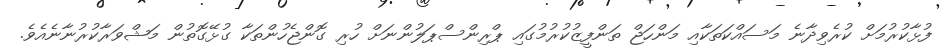
ފުޅާކުރުމަށް ކުރެވިދާނެ މަސައްކަތަކާއި މަންހަޖް ތަންފީޒުކުރުމުގައި ޕްރިންސްޕަލުންނަށް ހުރި ގޮންޖެހުންތަކާ ގުޅޭގޮތުން މަޝްވަރާކުރުނާނެއެވެ.